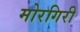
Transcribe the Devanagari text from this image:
मोरगिरी